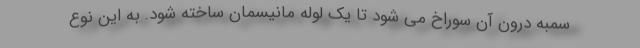
سمبه درون آن سوراخ می شود تا یک لوله مانیسمان ساخته شود. به این نوع